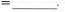
=___.